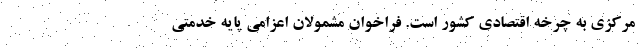
مرکزی به چرخه اقتصادی کشور است. فراخوان مشمولان اعزامی پایه خدمتی